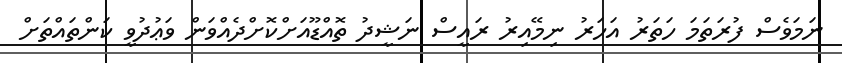
ނަމަވެސް ފުރަތަމަ ހަތަރު އަހަރު ނިމޭއިރު ރައީސް ނަޝީދު ތޮއްޑޫއަށްކޮށްދެއްވަން ވަޢުދުވީ ކަންތައްތަށް